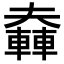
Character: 𨎑